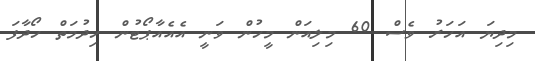
މިދިޔަ އަހަރު ވެސް 60 މިލިއަން މީހުން ވަނީ އެއެއާޕޯޓުން ހިދުމަތް ހޯދާފަ